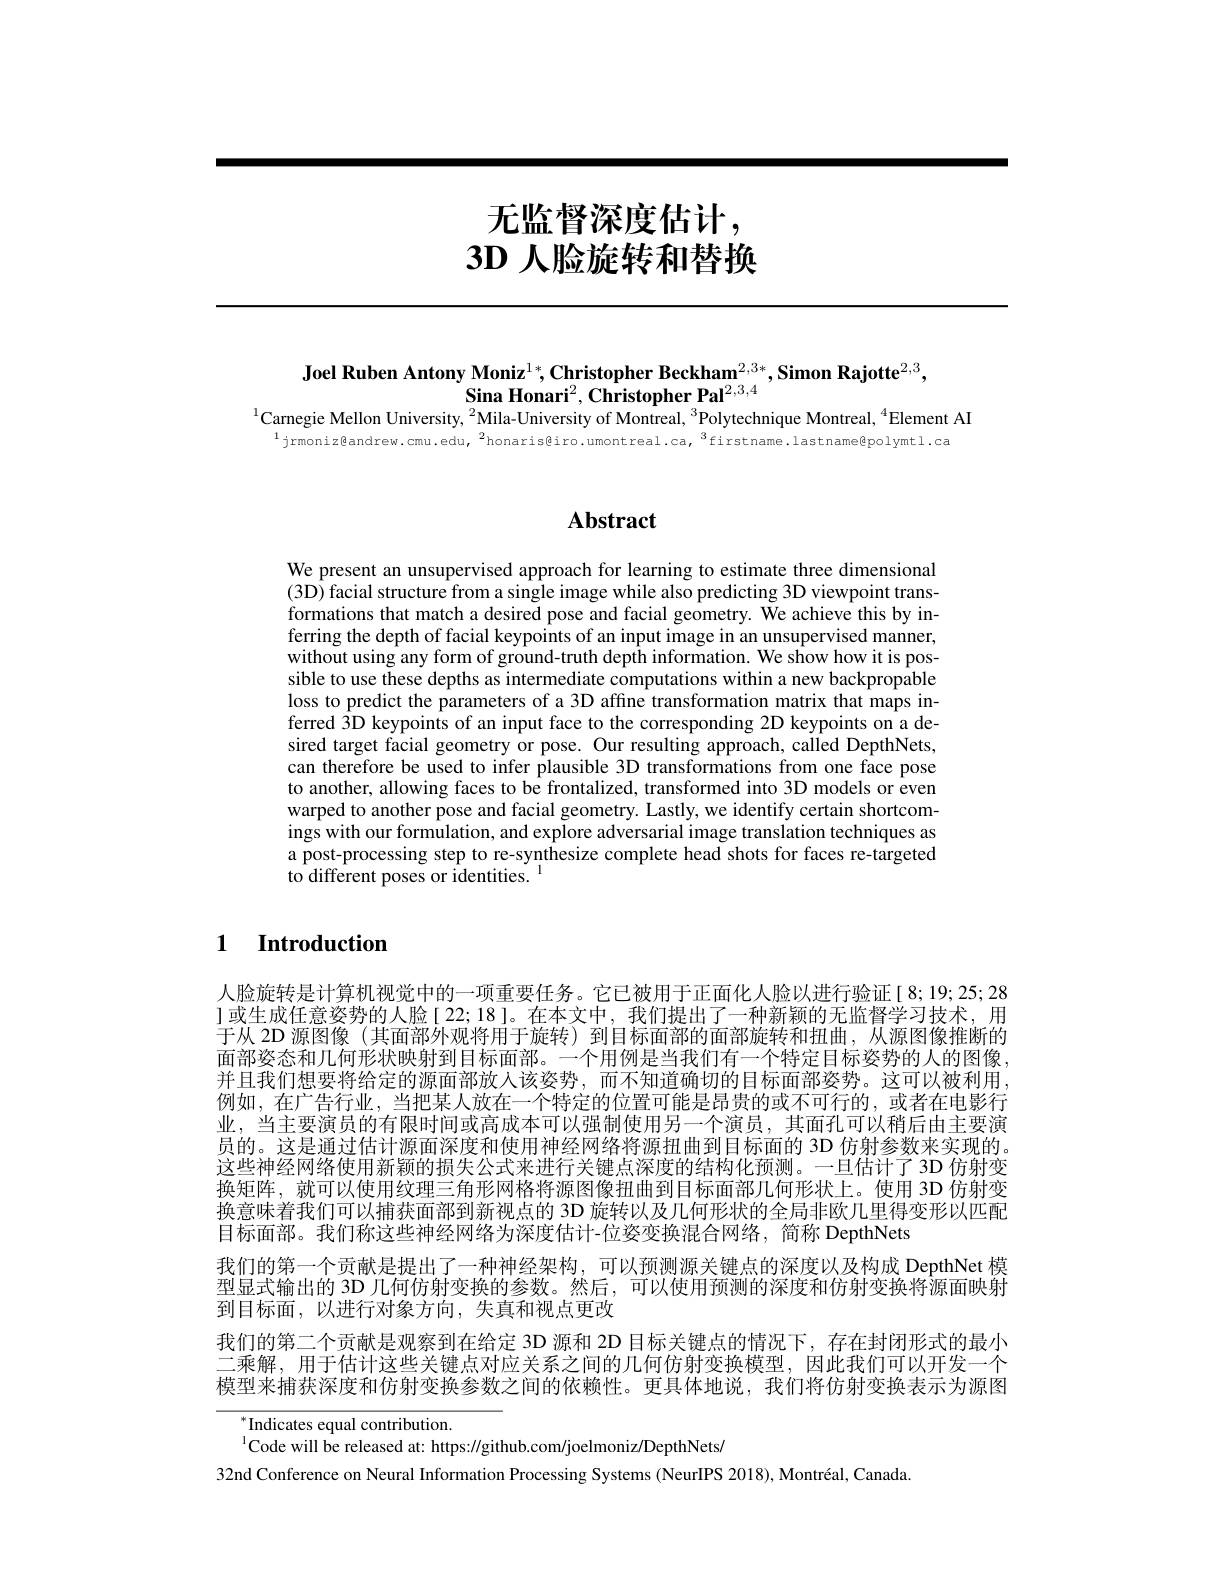
# 无监督深度估计， $\textbf{3D 人 脸 旋 转 和 替 换 }$

Joel Ruben Antony Moniz$^1*,\textbf{Christopher Beckham}^{2,3*},\textbf{Simon Rajotte}^{2,3}$,
$\textbf{Sina Honari}^{2},\textbf{Christopher Pal}^{2,3,4}$
$^{1}$Carnegie Mellon University, $^2$Mila-University of Montreal, $^3$Polytechnique Montreal, $^4$Element AI

$^{1}$jrmoniz@andrew.cmu.edu,$^{2}$honaris@iro.umontreal.ca,$^{3}$firstname.lastname@polymtl.ca

# Abstract

We present an unsupervised approach for learning to estimate three dimensional (3D) facial structure from a single image while also predicting 3D viewpoint transformations that match a desired pose and facial geometry. We achieve this by inferring the depth of facial keypoints of an input image in an unsupervised manner, without using any form of ground-truth depth information. We show how it is possible to use these depths as intermediate computations within a new backpropable loss to predict the parameters of a 3D affine transformation matrix that maps inferred 3D keypoints of an input face to the corresponding 2D keypoints on a desired target facial geometry or pose. Our resulting approach, called DepthNets, can therefore be used to infer plausible 3D transformations from one face pose to another, allowing faces to be frontalized, transformed into 3D models or even warped to another pose and facial geometry. Lastly, we identify certain shortcomings with our formulation, and explore adversarial image translation techniques as a post-processing step to re-synthesize complete head shots for faces re-targeted to different poses or identities.

1 Introduction

人脸旋转是计算机视觉中的一项重要任务。它已被用于正面化人脸以进行验证[ 8; 19; 25; 28 ]或生成任意姿势的人脸[ 22; 18]。在本文中，我们提出了一种新颖的无监督学习技术，用于从 2D 源图像 (其面部外观将用于旋转)到目标面部的面部旋转和扭曲，从源图像推断的面部姿态和几何形状映射到目标面部。一个用例是当我们有一个特定目标姿势的人的图像并且我们想要将给定的源面部放人该姿势，而不知道确切的目标面部姿势。这可以被利用例如，在广告行业，当把某人放在一个特定的位置可能是昂贵的或不可行的，或者在电影行业，当主要演员的有限时间或高成本可以强制使用另一个演员，其面孔可以稍后由主要演员的。这是通过估计源面深度和使用神经网络将源扭曲到目标面的 3D 仿射参数来实现的。这些神经网络使用新颖的损失公式来进行关键点深度的结构化预测。一旦估计了 3D 仿射变换矩阵，就可以使用纹理三角形网格将源图像扭曲到目标面部几何形状上。使用 3D 仿射变换意味着我们可以捕获面部到新视点的 3D 旋转以及几何形状的全局非欧几里得变形以匹配目标面部。我们称这些神经网络为深度估计-位姿变换混合网络，简称 DepthNets
我们的第一个贡献是提出了一种神经架构，可以预测源关键点的深度以及构成 DepthNet 模型显式输出的 3D 几何仿射变换的参数。然后，可以使用预测的深度和仿射变换将源面映射到目标面，以进行对象方向，失真和视点更改
我们的第二个贡献是观察到在给定 3D 源和 2D 目标关键点的情况下，存在封闭形式的最小二乘解，用于估计这些关键点对应关系之间的几何仿射变换模型，因此我们可以开发一个模型来捕获深度和仿射变换参数之间的依赖性。更具体地说，我们将仿射变换表示为源图

$^{*}$Indicates equal contribution.
$^{1}$Code will be released at: https://github.com/joelmoniz/DepthNets/
32nd Conference on Neural Information Processing Systems (NeurIPS 2018), Montréal, Canada